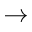
\rightarrow